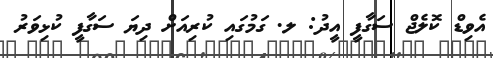
އެވިޑް ކޮލެޖް ސަގާފީ އީދު: ލ. ގަމުގައި ކުރިއަށް ދިޔަ ސަގާފީ ކުޅިވަރު